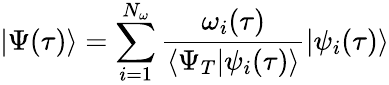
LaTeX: |\Psi(\tau)\rangle=\sum_{i=1}^{N_{\omega}}\frac{\omega_{i}(\tau)}{\langle\Psi_{T}|\psi_{i}(\tau)\rangle}|\psi_{i}(\tau)\rangle